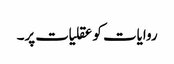
روایات کو عقلیات پر۔